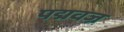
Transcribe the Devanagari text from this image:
पद्मवज्र